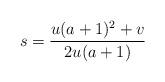
LaTeX: \begin{align*}s=\frac{u(a+1)^2+v}{2u(a+1)}\end{align*}